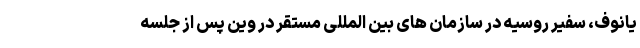
یانوف، سفیر روسیه در سازمان های بین المللی مستقر در وین پس از جلسه